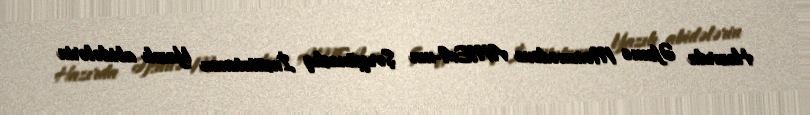
Hazırda Əfsanə Məmmədova AMEA-nın Şərqşünaslıq İnstitutunun Yazılı abidələrin